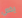
يخص